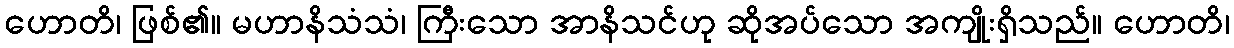
ဟောတိ၊ ဖြစ်၏။ မဟာနိသံသံ၊ ကြီးသော အာနိသင်ဟု ဆိုအပ်သော အကျိုးရှိသည်။ ဟောတိ၊